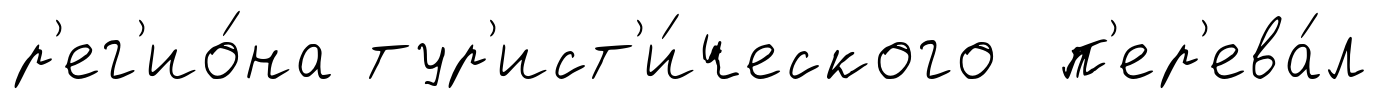
р'ег'ио́на тур'ист'и́ческого п'ер'ева́л